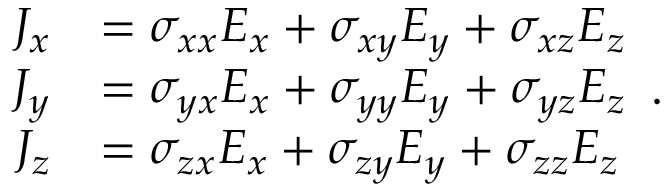
{ \begin{array} { r l } { J _ { x } } & { = \sigma _ { x x } E _ { x } + \sigma _ { x y } E _ { y } + \sigma _ { x z } E _ { z } } \\ { J _ { y } } & { = \sigma _ { y x } E _ { x } + \sigma _ { y y } E _ { y } + \sigma _ { y z } E _ { z } } \\ { J _ { z } } & { = \sigma _ { z x } E _ { x } + \sigma _ { z y } E _ { y } + \sigma _ { z z } E _ { z } } \end{array} } .